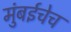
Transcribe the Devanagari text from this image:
मुंबईचेच